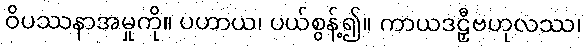
ဝိပဿနာအမှုကို။ ပဟာယ၊ ပယ်စွန့်၍။ ကာယဒဠှီဗဟုလဿ၊